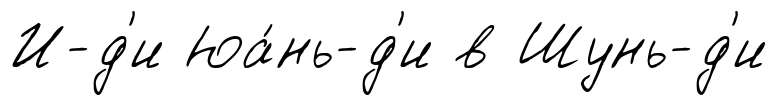
И-д'и Юа́нь-д'и в Шунь-д'и